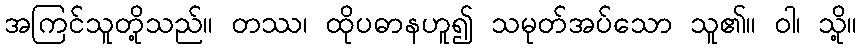
အကြင်သူတို့သည်။ တဿ၊ ထိုပဓာနဟူ၍ သမုတ်အပ်သော သူ၏။ ဝါ၊ သို့။